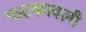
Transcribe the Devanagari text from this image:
फटकावली